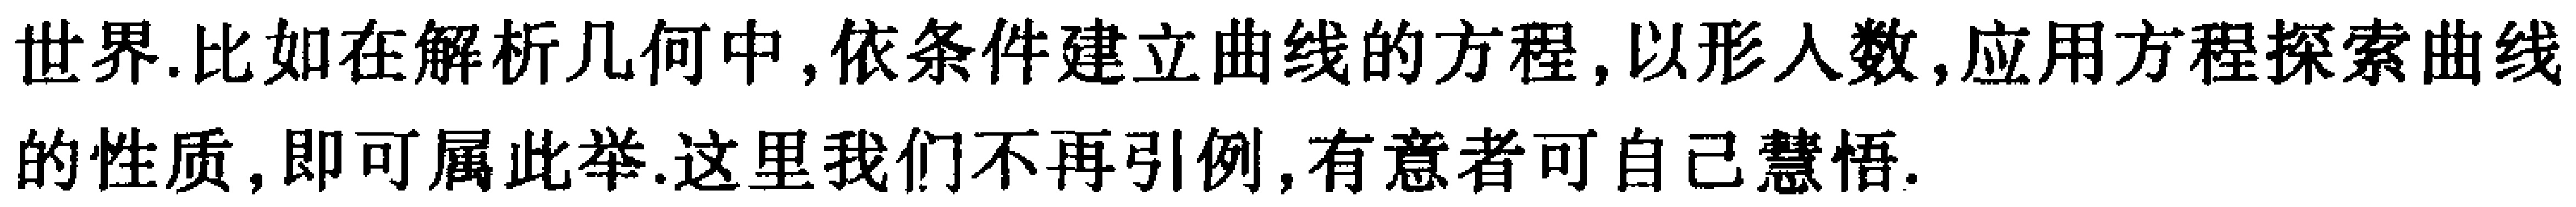
世界.比如在解析几何中,依条件建立曲线的方程,以形入数,应用方程探索曲线的性质,即可属此举.这里我们不再引例,有意者可自己慧悟.